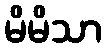
မိမိသာ